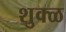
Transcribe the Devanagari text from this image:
शुक्ळ